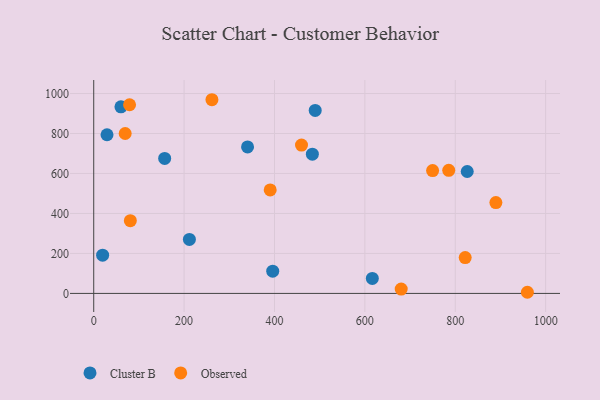
{"axis": {"x": "Investment", "y": "Yield"}, "legend": ["Cluster B", "Observed"], "data": [{"x": "616.5", "y": 74.8, "type": "Cluster B"}, {"x": "211.7", "y": 270.3, "type": "Cluster B"}, {"x": "490.1", "y": 915.7, "type": "Cluster B"}, {"x": "157.0", "y": 675.1, "type": "Cluster B"}, {"x": "396.1", "y": 111.3, "type": "Cluster B"}, {"x": "60.2", "y": 933.7, "type": "Cluster B"}, {"x": "29.4", "y": 793.8, "type": "Cluster B"}, {"x": "826.5", "y": 609.9, "type": "Cluster B"}, {"x": "340.4", "y": 732.8, "type": "Cluster B"}, {"x": "19.7", "y": 191.2, "type": "Cluster B"}, {"x": "483.8", "y": 696.6, "type": "Cluster B"}, {"x": "785.6", "y": 615.6, "type": "Observed"}, {"x": "459.8", "y": 742.3, "type": "Observed"}, {"x": "261.6", "y": 969.0, "type": "Observed"}, {"x": "390.5", "y": 517.7, "type": "Observed"}, {"x": "79.3", "y": 943.9, "type": "Observed"}, {"x": "889.9", "y": 454.3, "type": "Observed"}, {"x": "69.6", "y": 800.0, "type": "Observed"}, {"x": "680.4", "y": 21.9, "type": "Observed"}, {"x": "822.0", "y": 179.4, "type": "Observed"}, {"x": "81.0", "y": 364.0, "type": "Observed"}, {"x": "959.6", "y": 5.7, "type": "Observed"}, {"x": "749.9", "y": 614.5, "type": "Observed"}]}